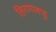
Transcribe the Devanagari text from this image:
हिरण्यबाहु